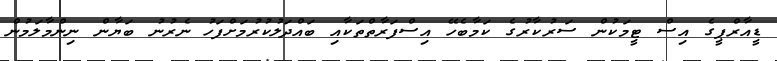
ޑީއާރްޕީގެ އިސް ޓީމަކުން ސަރުކާރުގެ ކަމާބެހޭ އިސްފަރާތްތަކާއި ބައްދަލުކުރުމަށްފަހު ނެރުނު ބަޔާން ނިންމާލަމުން